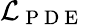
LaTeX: \mathcal{L}_{\mathrm{~P~D~E~}}